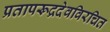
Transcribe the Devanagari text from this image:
प्रतापरूद्रदेवविरचित